Report on vaccination in the Province of Bengal - 1874-1889
Year: 1874
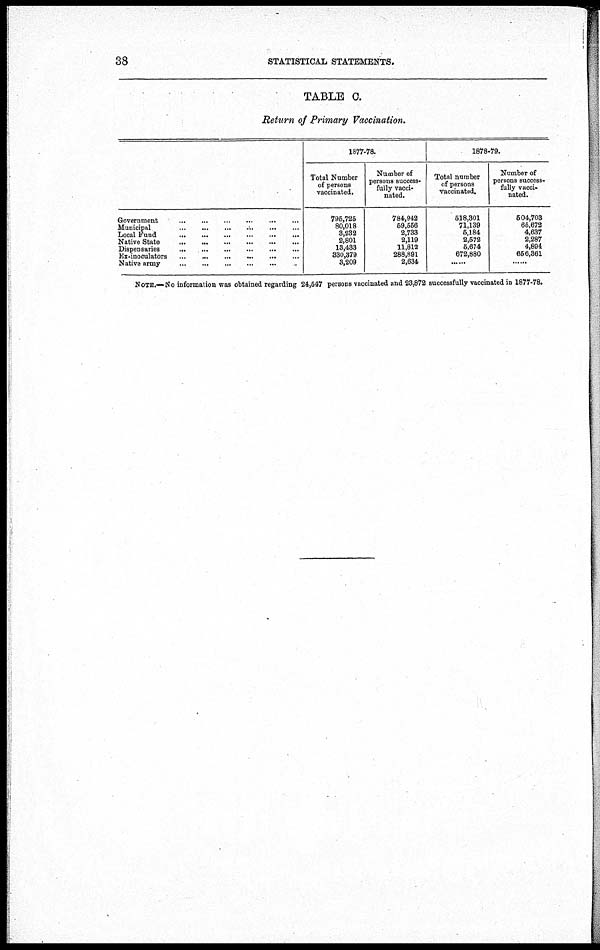
38
STATISTICAL STATEMENTS.
TABLE C.
Return of Primary Vaccination.
Government
...
...
...
...
...
Municipal
...
...
...
...
...
...
Local Fund
...
...
...
...
...
...
Native State
...
...
...
...
...
...
Dispensaries
...
...
...
...
...
...
Ex-inoculators
...
...
...
...
...
...
Native army ... ... ... ... ... ... ...
1877-78.
Total Number
of persons
vaccinated.
796,725
80,018
3,232
2,801
18,433
330,379
3,209
Number of
persons success-
fully vacci-
nated.
784,942
59,656
2,733
2,119
11,812
288,891
2,634
1878-79.
Total number
of persons
vaccinated.
518,301
71,139
6,184
2,572
5,674
672,880
......
Number of
persons success-
fully vacci-
nated.
604,703
65,672
4,637
2,287
4,894
656,361
NOTE.—No information was obtained regarding 24,547 persons vaccinated and 23,872 successfully vaccinated in 1877-78.